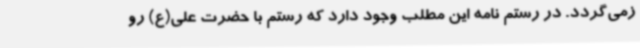
زمی‌گردد. در رستم نامه این مطلب وجود دارد که رستم با حضرت علی(ع) رو